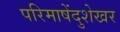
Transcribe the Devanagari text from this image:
परिमाषेंदुशेखर